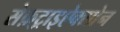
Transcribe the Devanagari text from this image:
सेफ़्ट्राइऐक्सोन